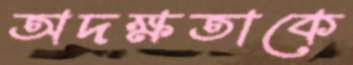
অদক্ষতাকে